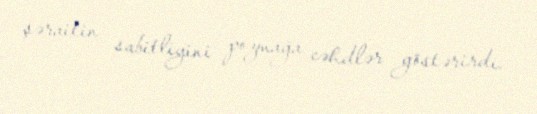
şəraitin sabitliyini pozmağa cəhdlər göstərirdi.